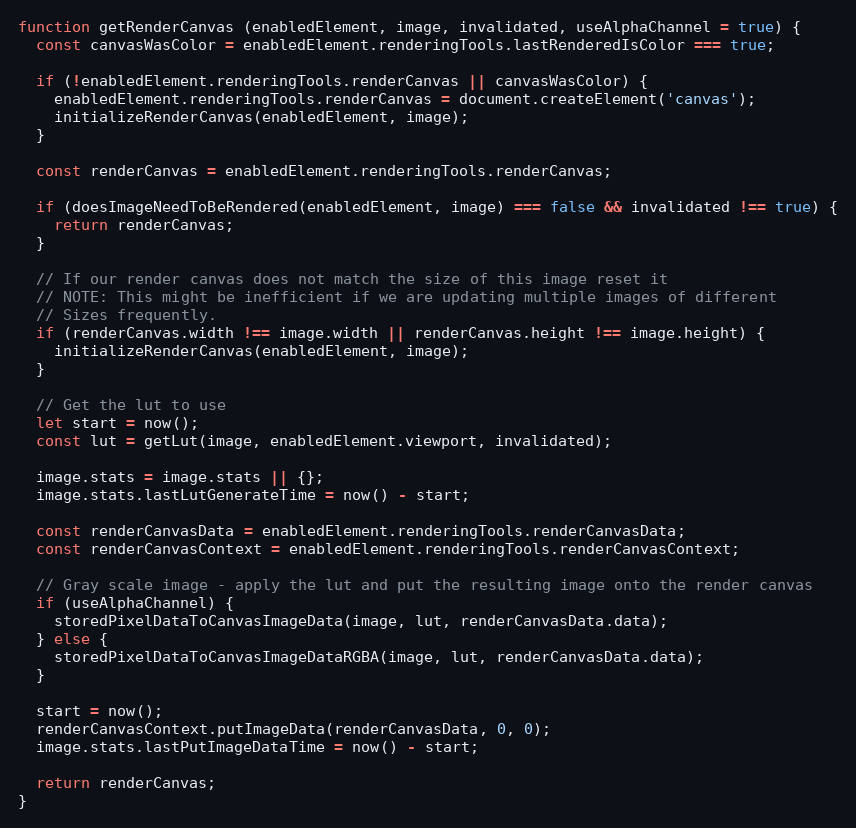
Language: JavaScript
function getRenderCanvas (enabledElement, image, invalidated, useAlphaChannel = true) {
  const canvasWasColor = enabledElement.renderingTools.lastRenderedIsColor === true;

  if (!enabledElement.renderingTools.renderCanvas || canvasWasColor) {
    enabledElement.renderingTools.renderCanvas = document.createElement('canvas');
    initializeRenderCanvas(enabledElement, image);
  }

  const renderCanvas = enabledElement.renderingTools.renderCanvas;

  if (doesImageNeedToBeRendered(enabledElement, image) === false && invalidated !== true) {
    return renderCanvas;
  }

  // If our render canvas does not match the size of this image reset it
  // NOTE: This might be inefficient if we are updating multiple images of different
  // Sizes frequently.
  if (renderCanvas.width !== image.width || renderCanvas.height !== image.height) {
    initializeRenderCanvas(enabledElement, image);
  }

  // Get the lut to use
  let start = now();
  const lut = getLut(image, enabledElement.viewport, invalidated);

  image.stats = image.stats || {};
  image.stats.lastLutGenerateTime = now() - start;

  const renderCanvasData = enabledElement.renderingTools.renderCanvasData;
  const renderCanvasContext = enabledElement.renderingTools.renderCanvasContext;

  // Gray scale image - apply the lut and put the resulting image onto the render canvas
  if (useAlphaChannel) {
    storedPixelDataToCanvasImageData(image, lut, renderCanvasData.data);
  } else {
    storedPixelDataToCanvasImageDataRGBA(image, lut, renderCanvasData.data);
  }

  start = now();
  renderCanvasContext.putImageData(renderCanvasData, 0, 0);
  image.stats.lastPutImageDataTime = now() - start;

  return renderCanvas;
}